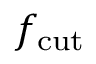
f _ { \mathrm { c u t } }